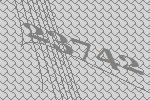
23742